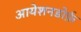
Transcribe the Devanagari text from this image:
आयेशनडोर्फ़